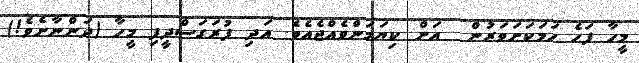
މީހާ ފަހެ ހަމަކަށަވަރުން  އަށް ކިޔަމަންވެއްޖެއެެވެ. އަދި ފުރަގަސްދީފި މީހާ (ދަންނާށެވެ!)